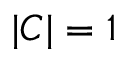
| C | = 1